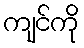
ကျင်ကို